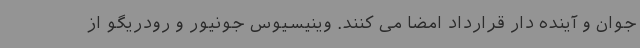
جوان و آینده دار قرارداد امضا می کنند. وینیسیوس جونیور و رودریگو از